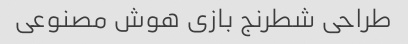
طراحی شطرنج بازی هوش مصنوعی